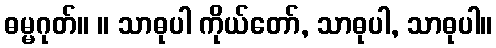
ဓမ္မဂုတ်။ ။ သာဓုပါ ကိုယ်တော်, သာဓုပါ, သာဓုပါ။